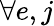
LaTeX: \forall e,j